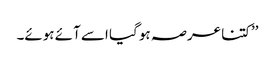
’’کتنا عرصہ ہو گیا اسے آئے ہوئے۔